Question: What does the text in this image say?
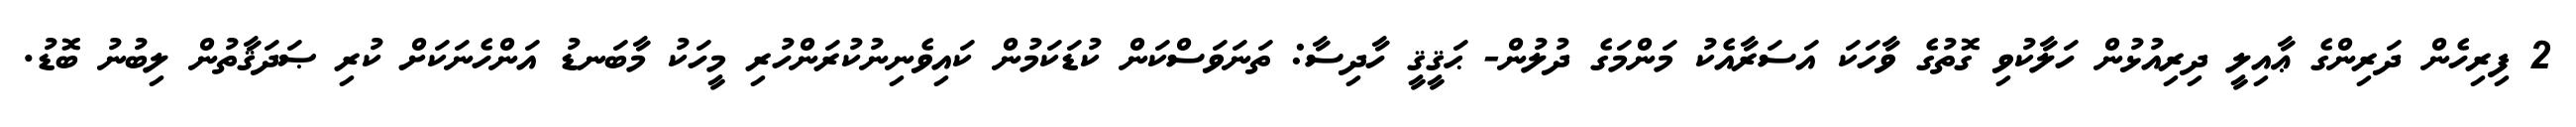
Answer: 2 ފިރިހެން ދަރިންގެ ޢާއިލީ ދިރިއުޅުން ހަލާކުވި ގޮތުގެ ވާހަކަ އަސަރާއެކު މަންމަގެ ދުލުން- ޙަޤީޤީ ހާދިސާ: ތަނަވަސްކަން ކުޑަކަމުން ކައިވެނިނުކުރަންހުރި މީހަކު މާބަނޑު އަންހެނަކަށް ކުރި ޞަދަޤާތުން ލިބުނު ބޮޑު.